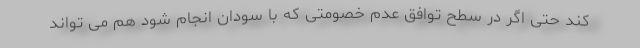
کند حتی اگر در سطح توافق عدم خصومتی که با سودان انجام شود هم می تواند